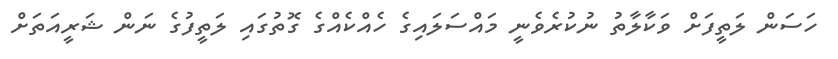
ހަސަން ލަތީފަށް ވަކާލާތު ނުކުރެވެނީ މައްސަލައިގެ ހެއްކެއްގެ ގޮތުގައި ލަތީފުގެ ނަން ޝަރީއަތަށް